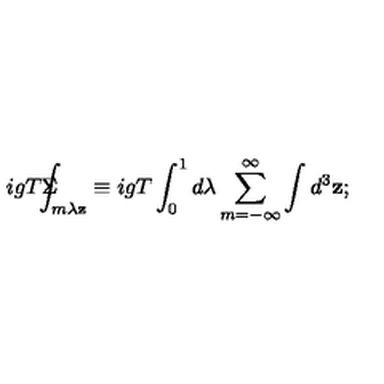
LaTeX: i g T \Sigma \! \! \! \! \! \! \int _ { m \lambda \mathbf { z } } \equiv i g T \int _ { 0 } ^ { 1 } d \lambda \sum _ { m = - \infty } ^ { \infty } \int d ^ { 3 } \mathbf { z ; }